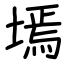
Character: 墕